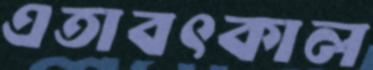
এতাবৎকাল